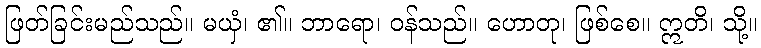
ဖြတ်ခြင်းမည်သည်။ မယှံ၊ ၏။ ဘာရော၊ ဝန်သည်။ ဟောတု၊ ဖြစ်စေ။ ဣတိ၊ သို့။